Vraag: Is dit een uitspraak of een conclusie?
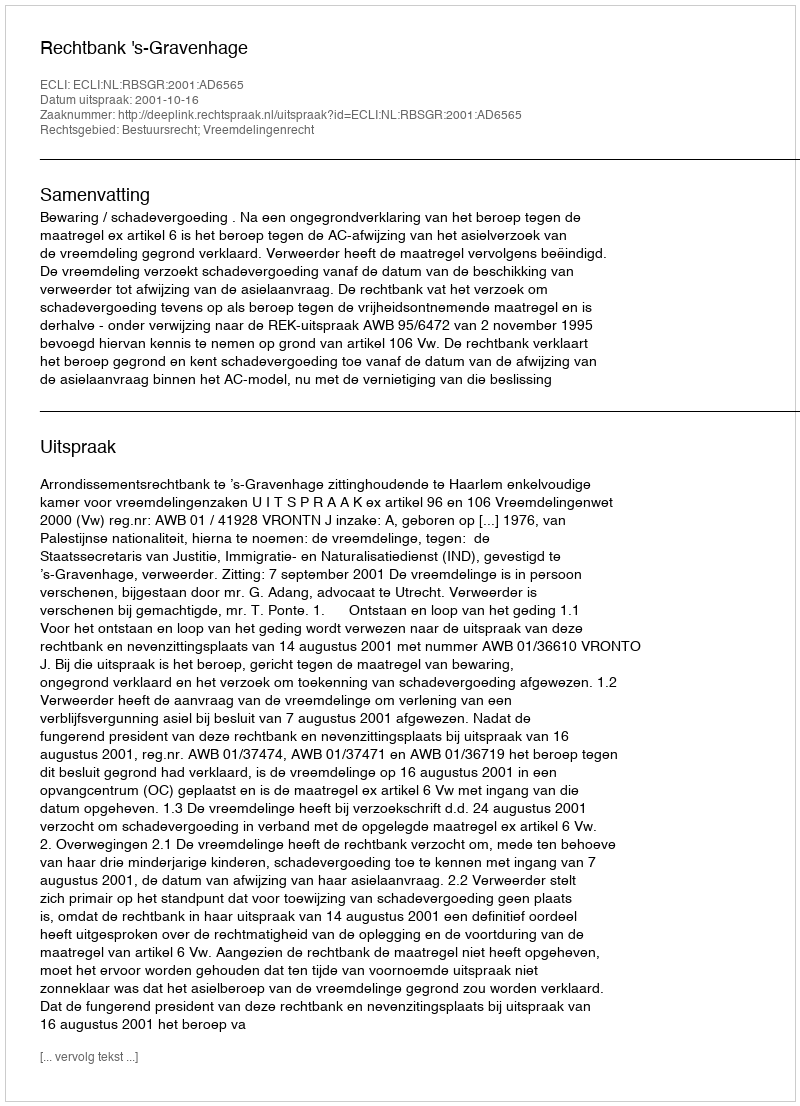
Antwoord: Uitspraak